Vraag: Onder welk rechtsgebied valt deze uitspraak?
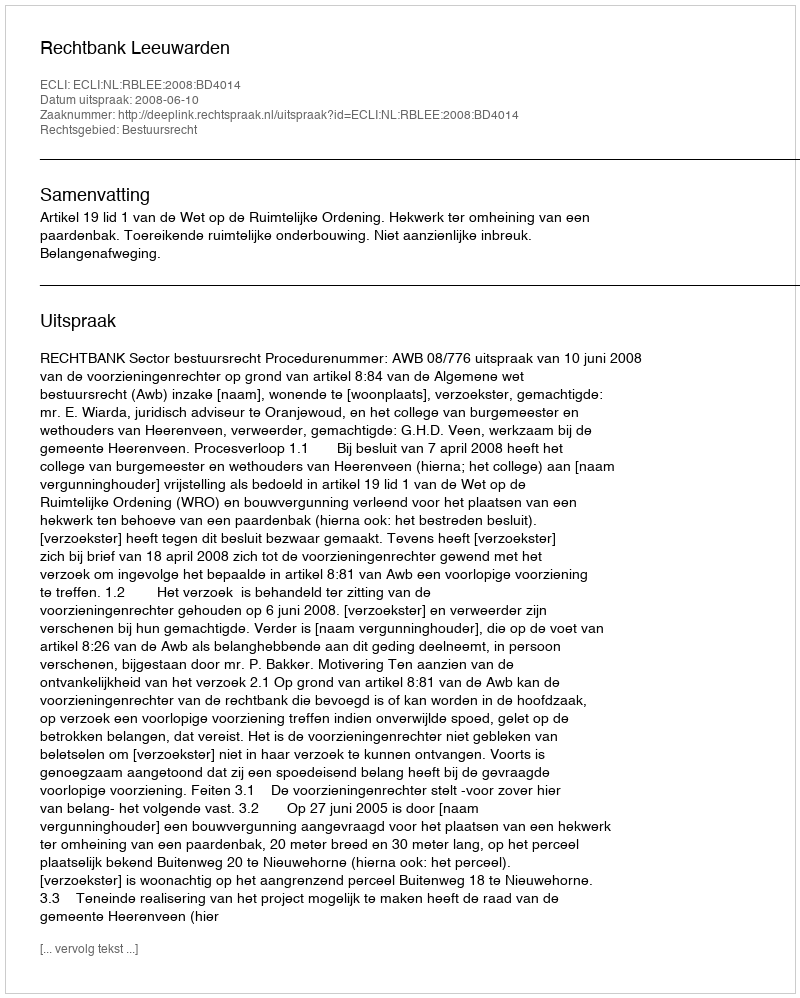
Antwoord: Bestuursrecht